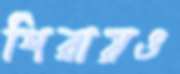
শিরায়ও